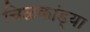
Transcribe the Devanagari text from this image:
चिळकांड्या